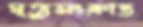
মৃত্যুসংক্রান্ত